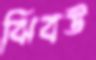
ঝিবউ